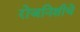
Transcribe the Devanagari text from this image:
रोजनिशीचे